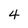
Character: 4